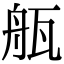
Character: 𤭂